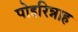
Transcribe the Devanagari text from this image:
पोइरिन्नाह